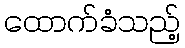
ထောက်ခံသည့်